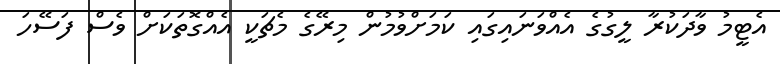
އެޓީމު ވާދަކުރާ ލީގުގެ އެއްވަނައިގައި ކަމަށްވުމުން މިރޭގެ މެޗަކީ އެއްގޮތަކަށް ވެސް ފަސޭހަ